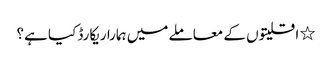
٭ اقلیتوں کے معاملے میں ہمارا ریکارڈ کیا ہے؟